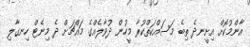
އާންމުކޮށް އިށީނދެ ތިބެ މަސައްކަތްކުރާ މީހުން ދުވާލެއްގެ މައްޗަށް ދެ މިނެޓް ހިނގާލި